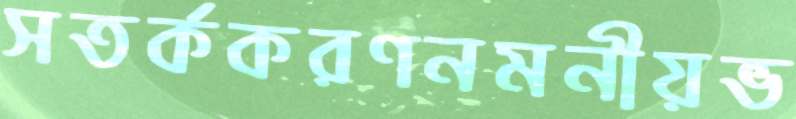
সতর্ককরণনমনীয়ভ